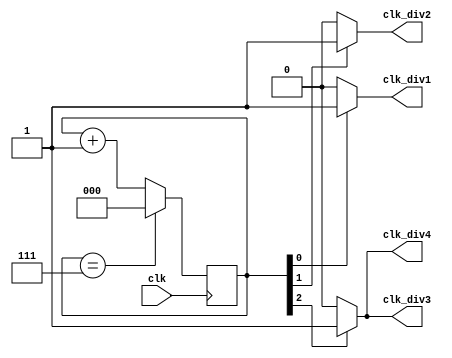
module clockDivider (
    input wire clk,   // input clock signal
    output wire clk_div1,  // divided clock output 1
    output wire clk_div2,  // divided clock output 2
    output wire clk_div3,  // divided clock output 3
    output wire clk_div4   // divided clock output 4
);
   
reg [2:0] counter;  // 3-bit counter for ripple counting

always @(posedge clk) begin
    if (counter == 3'b111) begin
        counter <= 3'b000;  // reset counter to 0
    end
    else begin
        counter <= counter + 1;  // increment counter
    end
end

assign clk_div1 = (counter[0] == 1'b1) ? 1'b1 : 1'b0;  // divide clock by 2
assign clk_div2 = (counter[1] == 1'b1) ? 1'b1 : 1'b0;  // divide clock by 4
assign clk_div3 = (counter[2] == 1'b1) ? 1'b1 : 1'b0;  // divide clock by 8
assign clk_div4 = clk_div3;  // divide clock by 8

endmodule